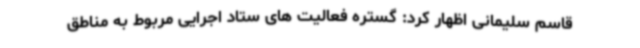
قاسم سلیمانی اظهار کرد: گستره فعالیت های ستاد اجرایی مربوط به مناطق